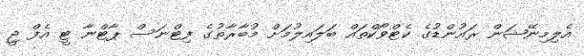
އެލިމިނޭޝަން ރައުންޑުގެ ކެޓްވޯކްތައް ބަލައިލުމަށް މުބާރާތުގެ ފިޓްނަސް ޕާޓްނާ ޓީ އެފް ޖީ